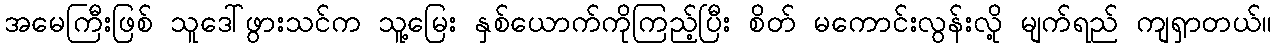
အမေကြီးဖြစ် သူဒေါ်ဖွားသင်က သူ့မြေး နှစ်ယောက်ကိုကြည့်ပြီး စိတ် မကောင်းလွန်းလို့ မျက်ရည် ကျရှာတယ်။